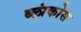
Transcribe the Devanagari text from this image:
ब्लांकोस